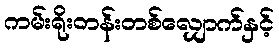
ကမ်းရိုးတန်းတစ်လျှောက်နှင့်